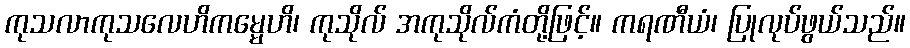
ကုသလာကုသလေဟိကမ္မေဟိ၊ ကုသိုလ် အကုသိုလ်ကံတို့ဖြင့်။ ကရဏီယံ၊ ပြုလုပ်ဖွယ်သည်။